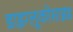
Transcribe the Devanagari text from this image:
डाइग्लूकोसाइड